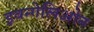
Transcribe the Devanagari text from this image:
इवन्गेलिओन